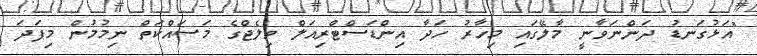
"އަޅުގަނޑު ދަންނަވާނީ މާލޭގައި މިހާރު ހަދާ އިންޑަސްޓްރިއަލް ވިލެޖްގެ މަސައްކަތް ނިމުމުން މިފަދަ